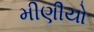
મીણીયો